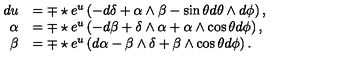
\begin{array} { r l } { d u } & { = \mp \star e \sp { u } \left( - d \delta + \alpha \wedge \beta - \sin \theta d \theta \wedge d \phi \right) , } \\ { \alpha } & { = \mp \star e \sp { u } \left( - d \beta + \delta \wedge \alpha + \alpha \wedge \cos \theta d \phi \right) , } \\ { \beta } & { = \mp \star e \sp { u } \left( d \alpha - \beta \wedge \delta + \beta \wedge \cos \theta d \phi \right) . } \\ \end{array}